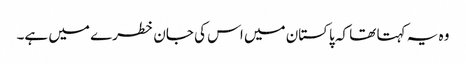
وہ یہ کہتا تھا کہ پاکستان میں اس کی جان خطرے میں ہے۔